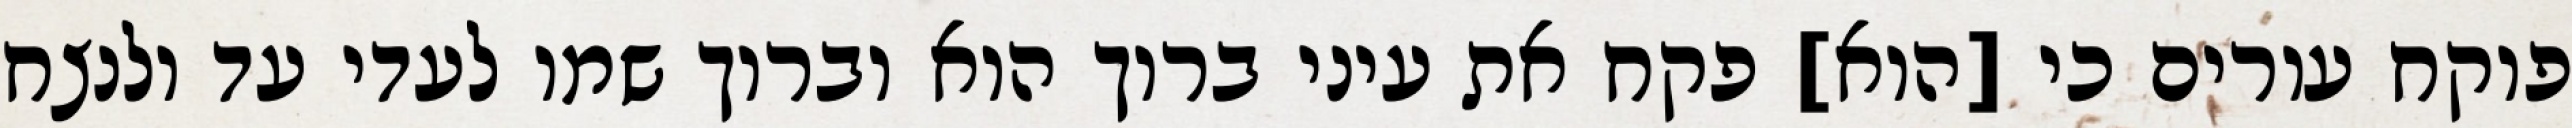
פוקח עורים כי [הוא] פקח את עיני ברוך הוא וברוך שמו לעדי עד ולנצח